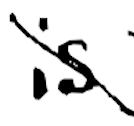
Text: is
Cross-out: mix
Writing tool: digital_black